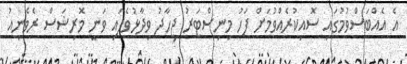
އެ އެއްބަސްވުމުގައި ސޮއިކުރެއްވުމަށް ފަހު މިނިސްޓަރު ޖިހާދު ވިދާޅުވެފައި ވަނީ މޮރިޝަސް ރެވެނިއު